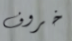
خروف